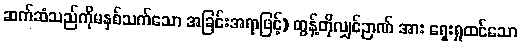
ဆက်ဆံသည်ကိုမနှစ်သက်သော အခြင်းအရာဖြင့်) တွန့်တိုလျှင်ဉာဏ် အား ရှေးရှုထင်သော